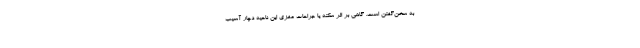
به سخن‌گفتن است. گاهی بر اثر سکته یا جراحات مغزی این ناحیه دچار آسیب